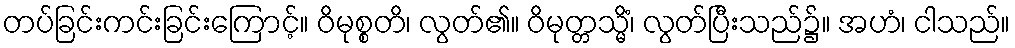
တပ်ခြင်းကင်းခြင်းကြောင့်။ ဝိမုစ္စတိ၊ လွတ်၏။ ဝိမုတ္တသ္မိံ၊ လွတ်ပြီးသည်၌။ အဟံ၊ ငါသည်။